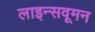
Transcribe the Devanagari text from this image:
लाइन्सवूमन